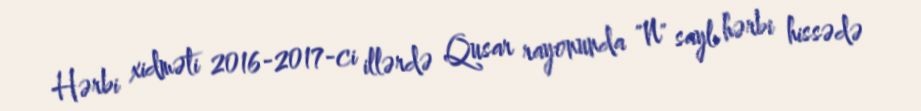
Hərbi xidməti 2016-2017-ci illərdə Qusar rayonunda "N" saylı hərbi hissədə